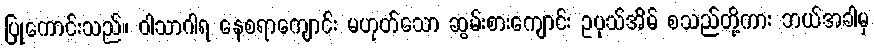
ပြုကောင်းသည်။ ဝါသာဂါရ နေစရာကျောင်း မဟုတ်သော ဆွမ်းစားကျောင်း ဥပုသ်အိမ် စသည်တို့ကား ဘယ်အခါမှ